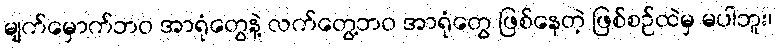
မျက်မှောက်ဘဝ အာရုံတွေနဲ့ လက်တွေ့ဘဝ အာရုံတွေ ဖြစ်နေတဲ့ ဖြစ်စဉ်ထဲမှ မပါဘူး၊